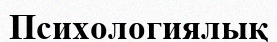
Психологиялық